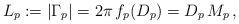
LaTeX: \begin{align*} L_p := |\Gamma_p| = 2\pi \, f_p(D_p) = D_p \, M_p \,,\end{align*}